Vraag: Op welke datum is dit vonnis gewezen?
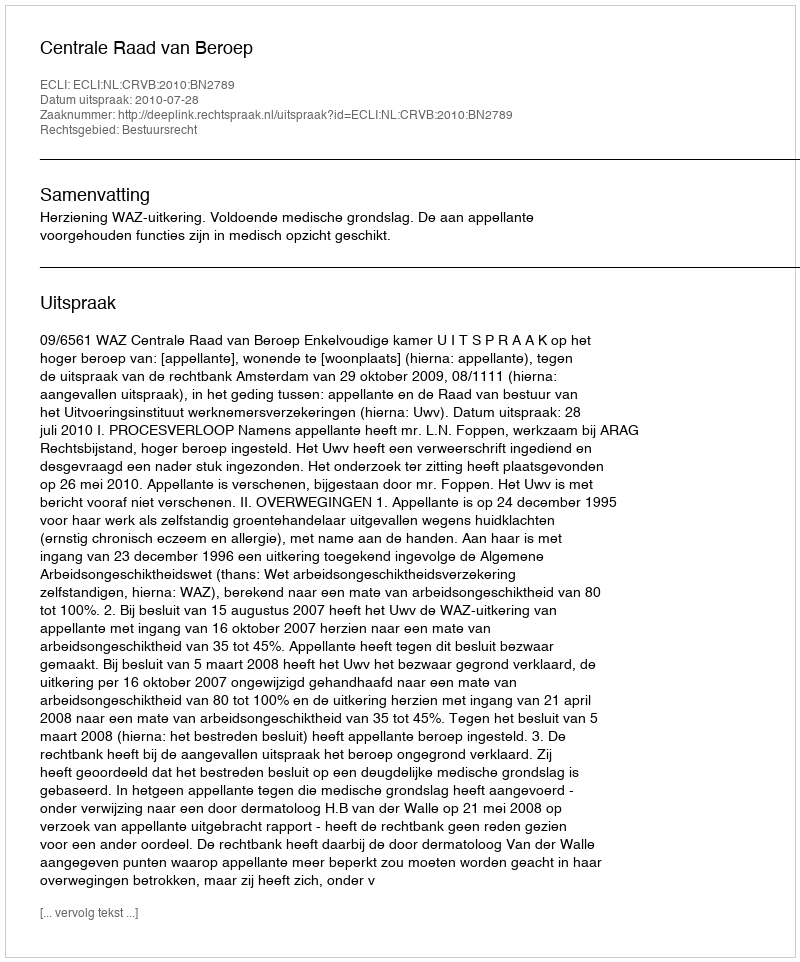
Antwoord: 2010-07-28